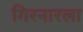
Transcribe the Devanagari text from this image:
गिरनारला